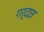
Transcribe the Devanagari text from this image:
गर्दछ